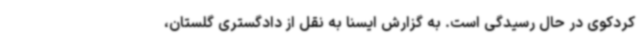
کردکوی در حال رسیدگی است. به گزارش ایسنا به نقل از دادگستری گلستان،